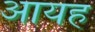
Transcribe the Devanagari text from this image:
आयह